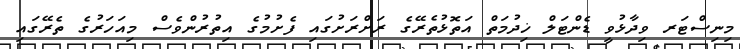
މިނިސްޓަރ ވިދާޅުވީ ޑެންޓަލް ޚިދުމަތް އަތޮޅުތެރޭގެ ރަށްރަށުގައި ފެށުމުގެ އިތުރުންވެސް މިއަހަރުގެ ތެރޭގައި